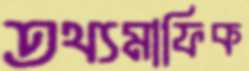
তথ্যমাফিক